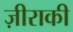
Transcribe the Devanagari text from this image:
ज़ीराकी